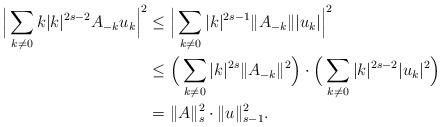
LaTeX: \begin{align*}\Big | \sum_{k\neq 0} k|k|^{2s-2} A_{-k}u_k\Big |^2 &\leq \Big | \sum_{k\neq 0} |k|^{2s-1} \| A_{-k}\| |u_k| \Big |^2\\&\leq \Big (\sum_{k\neq 0} |k|^{2s} \|A_{-k}\|^2\Big ) \cdot \Big ( \sum_{k\neq 0} |k|^{2s-2} |u_k|^2\Big )\\&= \|A\|_s^2 \cdot \|u\|_{s-1}^2.\end{align*}